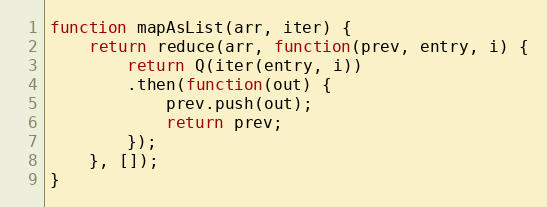
Language: JavaScript
function mapAsList(arr, iter) {
    return reduce(arr, function(prev, entry, i) {
        return Q(iter(entry, i))
        .then(function(out) {
            prev.push(out);
            return prev;
        });
    }, []);
}